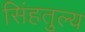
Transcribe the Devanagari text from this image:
सिंहतुल्य